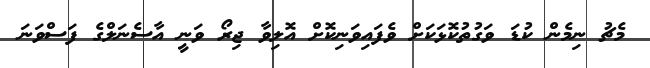
މެޗު ނިމެން ކުޑަ ވަގުތުކޮޅަކަށް ވެފައިވަނިކޮށް އޮލިވާ ޖިރޯ ވަނީ އާސެނަލްގެ ފަސްވަނަ